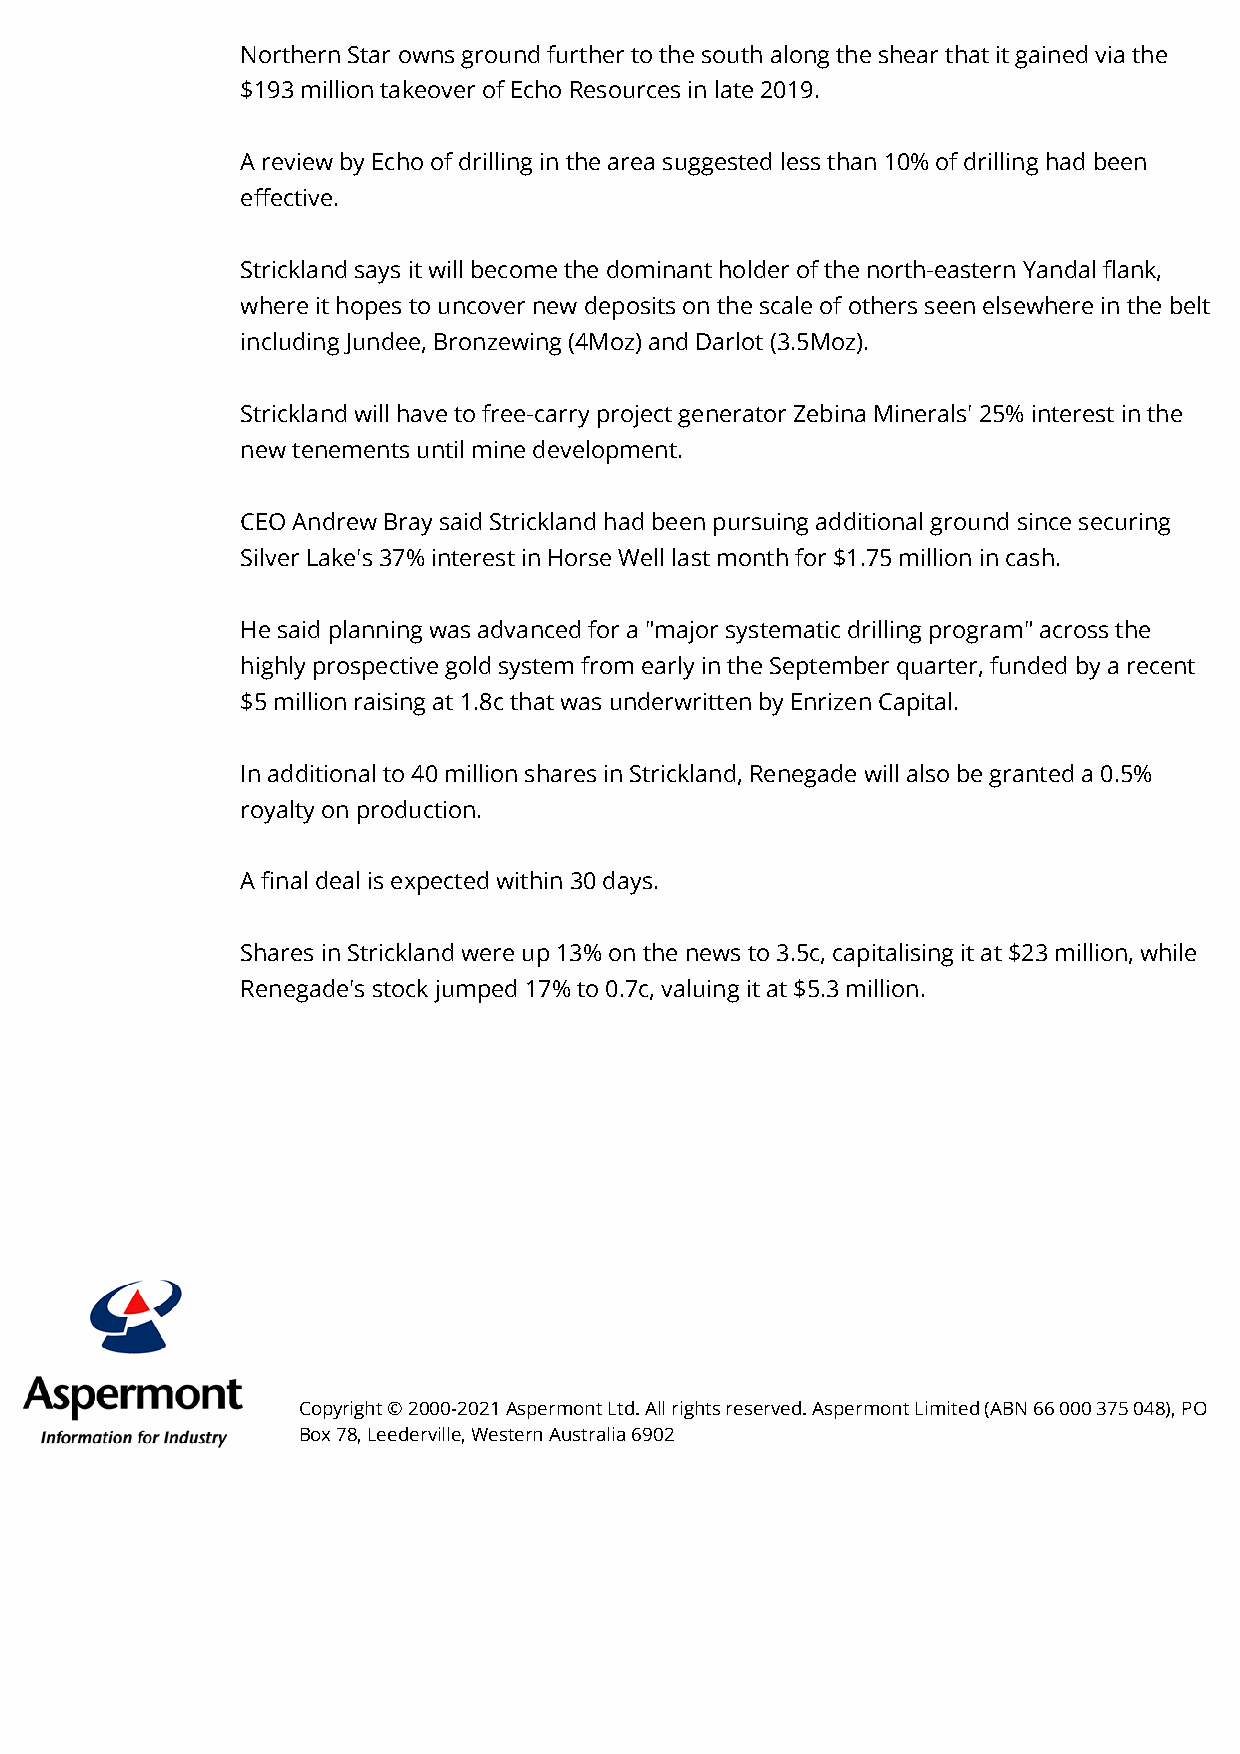
Northern Star owns ground further to the south along the shear that it gained via the
 $193 million takeover of Echo Resources in late 2019.
 A review by Echo of drilling in the area suggested less than 10% of drilling had been
 eective.
 Strickland says it will become the dominant holder of the north-eastern Yandal ank,
 where it hopes to uncover new deposits on the scale of others seen elsewhere in the belt
 including Jundee, Bronzewing (4Moz) and Darlot (3.5Moz).
 Strickland will have to free-carry project generator Zebina Minerals' 25% interest in the
 new tenements until mine development.
 CEO Andrew Bray said Strickland had been pursuing additional ground since securing
 Silver Lake's 37% interest in Horse Well last month for $1.75 million in cash.
 He said planning was advanced for a "major systematic drilling program" across the
 highly prospective gold system from early in the September quarter, funded by a recent
 $5 million raising at 1.8c that was underwritten by Enrizen Capital.
 In additional to 40 million shares in Strickland, Renegade will also be granted a 0.5%
 royalty on production.
 A nal deal is expected within 30 days.
 Shares in Strickland were up 13% on the news to 3.5c, capitalising it at $23 million, while
 Renegade's stock jumped 17% to 0.7c, valuing it at $5.3 million.
 Copyright © 2000-2021 Aspermont Ltd. All rights reserved. Aspermont Limited (ABN 66 000 375 048), PO
 Box 78, Leederville, Western Australia 6902